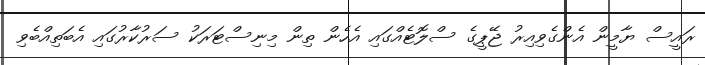
ރައީސް ޔާމީން އެންގެވިިއިރު ޖޭޕީގެ ސްލޮޓެއްގައި އެހެން ތިން މިނިސްޓަރަކު ސަރުކާރުގައި އެބަތިއްބެވި